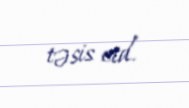
təsis etd.